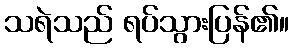
သရဲသည် ရပ်သွားပြန်၏။